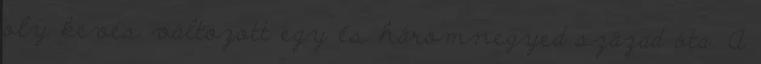
oly kevés változott egy és háromnegyed század óta. A